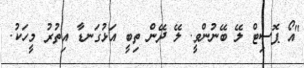
"އޯ ޕޮސިޓް ލޭ ބޭނުންވީ. ލޭ ދޭން ތިބީ އަޅުގަނޑާ އިތުރު މީހަކު.